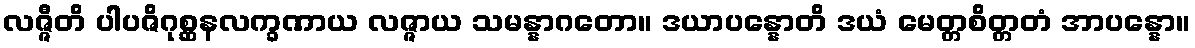
လဇ္ဇီတိ ပါပဇိဂုစ္ဆနလက္ခဏာယ လဇ္ဇာယ သမန္နာဂတော။ ဒယာပန္နောတိ ဒယံ မေတ္တစိတ္တတံ အာပန္နော။